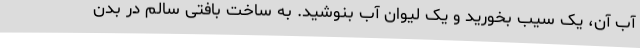
آب آن، یک سیب بخورید و یک لیوان آب بنوشید. به ساخت بافتی سالم در بدن